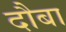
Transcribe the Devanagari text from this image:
दौबा